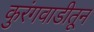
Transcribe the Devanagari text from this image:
कुरंगवाडीतून